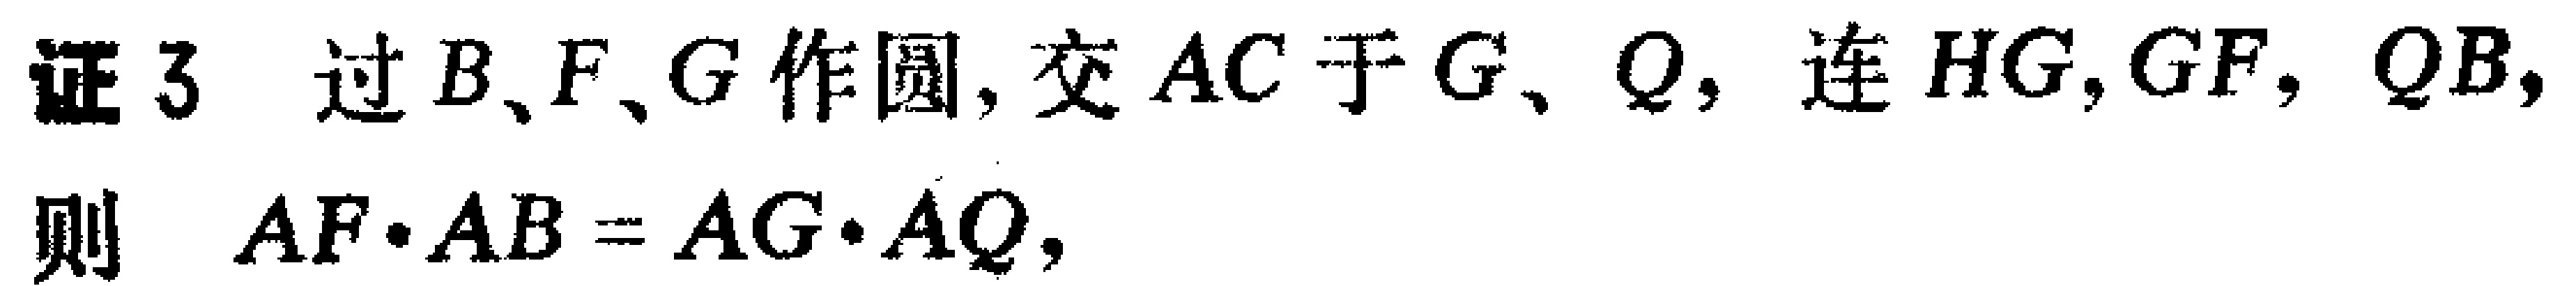
证3 过\(B\)、\(F\)、\(G\)作圆, 交\(AC\)于\(G\)、\(Q\), 连\(HG\), \(GF\), \(QB\), 则 \(AF\cdot AB = AG\cdot AQ\)，